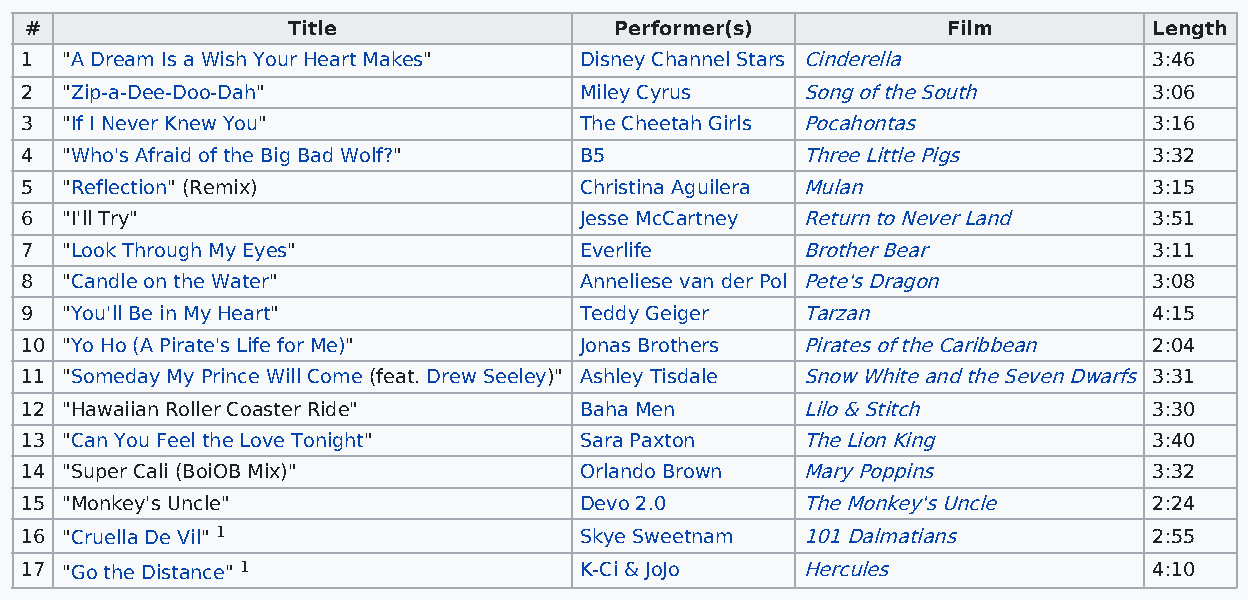
#                Title                 Performer(s)          Film         Length
 1  "A Dream Is a Wish Your Heart Makes" Disney Channel Stars Cinderella    3:46
 2  "Zip-a-Dee-Doo-Dah"               Miley Cyrus    Song of the South      3:06
 3  "If I Never Knew You"             The Cheetah Girls Pocahontas          3:16
 4  "Who's Afraid of the Big Bad Wolf?" B5           Three Little Pigs      3:32
 5  "Reflection" (Remix)              Christina Aguilera Mulan              3:15
 6  "I'll Try"                        Jesse McCartney Return to Never Land  3:51
 7  "Look Through My Eyes"            Everlife       Brother Bear           3:11
 8  "Candle on the Water"             Anneliese van der Pol Pete's Dragon   3:08
 9  "You'll Be in My Heart"           Teddy Geiger   Tarzan                 4:15
 10 "Yo Ho (A Pirate's Life for Me)"  Jonas Brothers Pirates of the Caribbean 2:04
 11 "Someday My Prince Will Come (feat. Drew Seeley)" Ashley Tisdale Snow White and the Seven Dwarfs 3:31
 12 "Hawaiian Roller Coaster Ride"    Baha Men       Lilo & Stitch          3:30
 13 "Can You Feel the Love Tonight"   Sara Paxton    The Lion King          3:40
 14 "Super Cali (BoiOB Mix)"          Orlando Brown  Mary Poppins           3:32
 15 "Monkey's Uncle"                  Devo 2.0       The Monkey's Uncle     2:24
 16 "Cruella De Vil" 1                Skye Sweetnam  101 Dalmatians         2:55
 17 "Go the Distance" 1               K-Ci & JoJo    Hercules               4:10